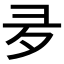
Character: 夛